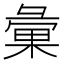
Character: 彙